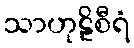
သာဟုဠိစီရံ